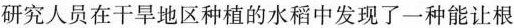
研究人员在干旱地区种植的水稻中发现了一种能让根